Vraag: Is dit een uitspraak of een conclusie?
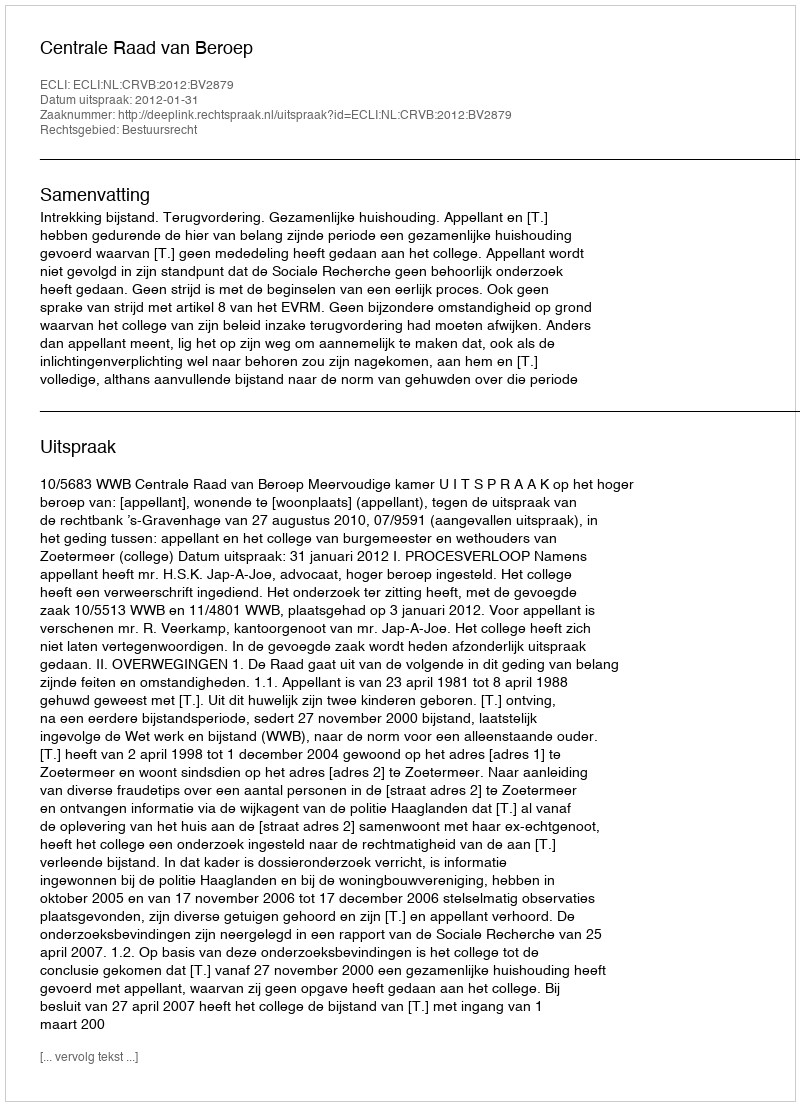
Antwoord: Uitspraak